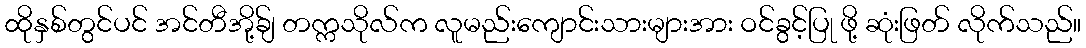
ထိုနှစ်တွင်ပင် အင်တီအို့ခ်ျ တက္ကသိုလ်က လူမည်းကျောင်းသားများအား ဝင်ခွင့်ပြု ဖို့ ဆုံးဖြတ် လိုက်သည်။